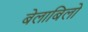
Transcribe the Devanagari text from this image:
बेलाबिलो